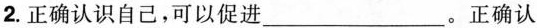
2.正确认识自己，可以促进___。正确认